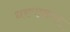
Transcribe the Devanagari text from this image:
धरणानंतर